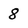
Character: 8